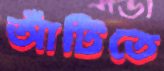
আঁটিতে